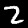
Label: 2